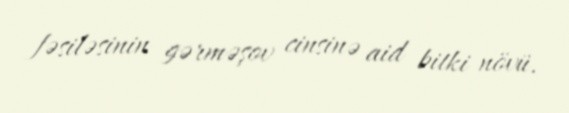
fəsiləsinin gərməşov cinsinə aid bitki növü.